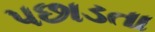
પછાડતા